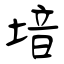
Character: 堷